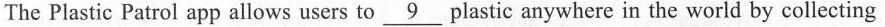
The Plastic Patrol app allows users to \underline{9} plastic anywhere in the world by collecting